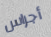
أجراس